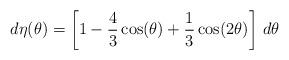
LaTeX: \begin{align*} d\eta(\theta) =\left[1-\frac{4}{3} \cos(\theta) + \frac{1}{3}\cos(2\theta)\right]\,d\theta\end{align*}